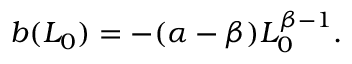
\begin{array} { r } { b ( L _ { 0 } ) = - ( \alpha - \beta ) L _ { 0 } ^ { \beta - 1 } . } \end{array}